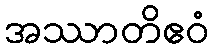
အဿာတိဧဝံ